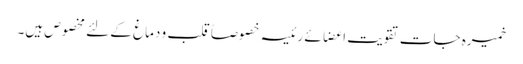
خمیرہ جات تقویتِ اعضائے رئیسہ خصوصاً قلب و دماغ کے لئے مخصوص ہیں۔